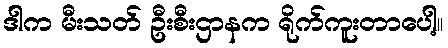
ဒါက မီးသတ် ဦးစီးဌာနက ရိုက်ကူးတာပေါ့။